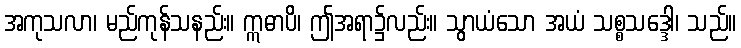
အကုသလာ၊ မည်ကုန်သနည်း။ ဣဓာပိ၊ ဤအရာ၌လည်း။ သွာယံသော အယံ သစ္စသဒ္ဒေါ၊ သည်။